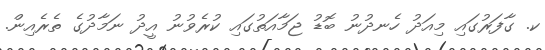
ކ. ގާފަރުގައި މިއަދު ހެނދުނު ބޮޑު ޖަމާއަތުގައި ކުރެވުނު އީދު ނަމާދުގެ ތެރެއިން.